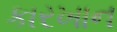
કારખાન